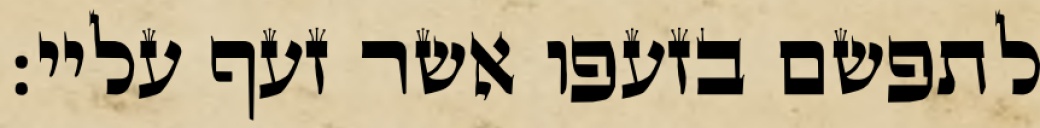
לתפשם בזעפו אשר זעף עליי: